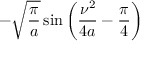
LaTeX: - { \sqrt { \frac { \pi } { a } } } \sin \left( { \frac { \nu ^ { 2 } } { 4 a } } - { \frac { \pi } { 4 } } \right)